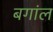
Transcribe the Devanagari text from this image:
बगांल